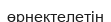
өрнектелетін